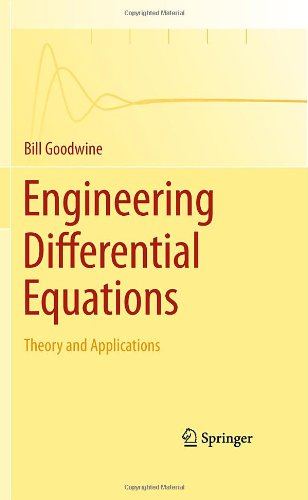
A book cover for Engineering Differential Equations: Theory and Applications; Bill Goodwine; Science & Math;